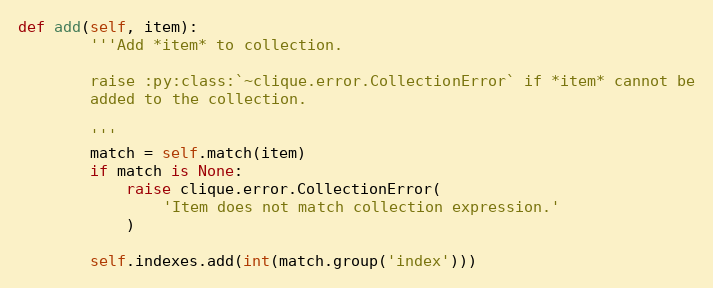
Language: Python
def add(self, item):
        '''Add *item* to collection.

        raise :py:class:`~clique.error.CollectionError` if *item* cannot be
        added to the collection.

        '''
        match = self.match(item)
        if match is None:
            raise clique.error.CollectionError(
                'Item does not match collection expression.'
            )

        self.indexes.add(int(match.group('index')))